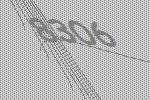
8306